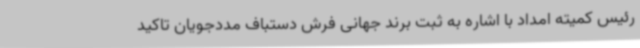
رئیس کمیته امداد با اشاره به ثبت برند جهانی فرش دستباف مددجویان تاکید